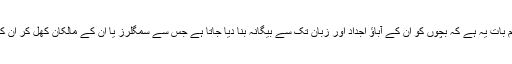
اس ضمن میں سب سے اہم بات یہ ہے کہ بچوں کو ان کے آباؤ اجداد اور زبان تک سے بیگانہ بنا دیا جاتا ہے جس سے سمگلرز یا ان کے مالکان کھل کر ان کا استحصال کرسکتے ہیں۔